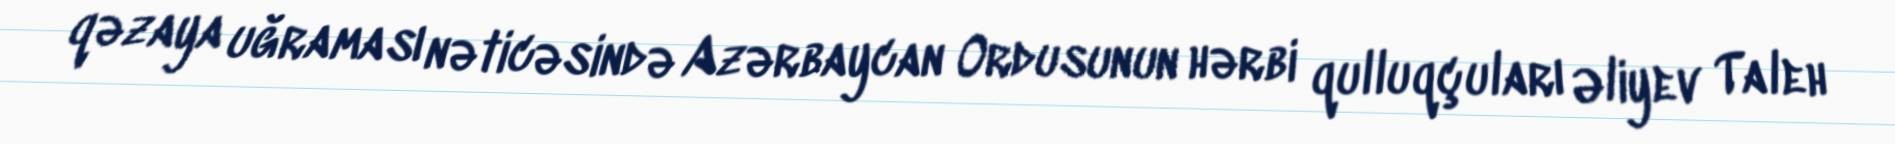
qəzaya uğraması nəticəsində Azərbaycan Ordusunun hərbi qulluqçuları Əliyev Taleh